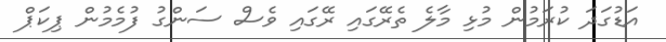
އަޑުގަދަ ކުރަމުން މުޅި މާލެ ތެރޭގައި ރޭގައި ވެސް ސަންގު ފުމެމުން ޕިކަޕް